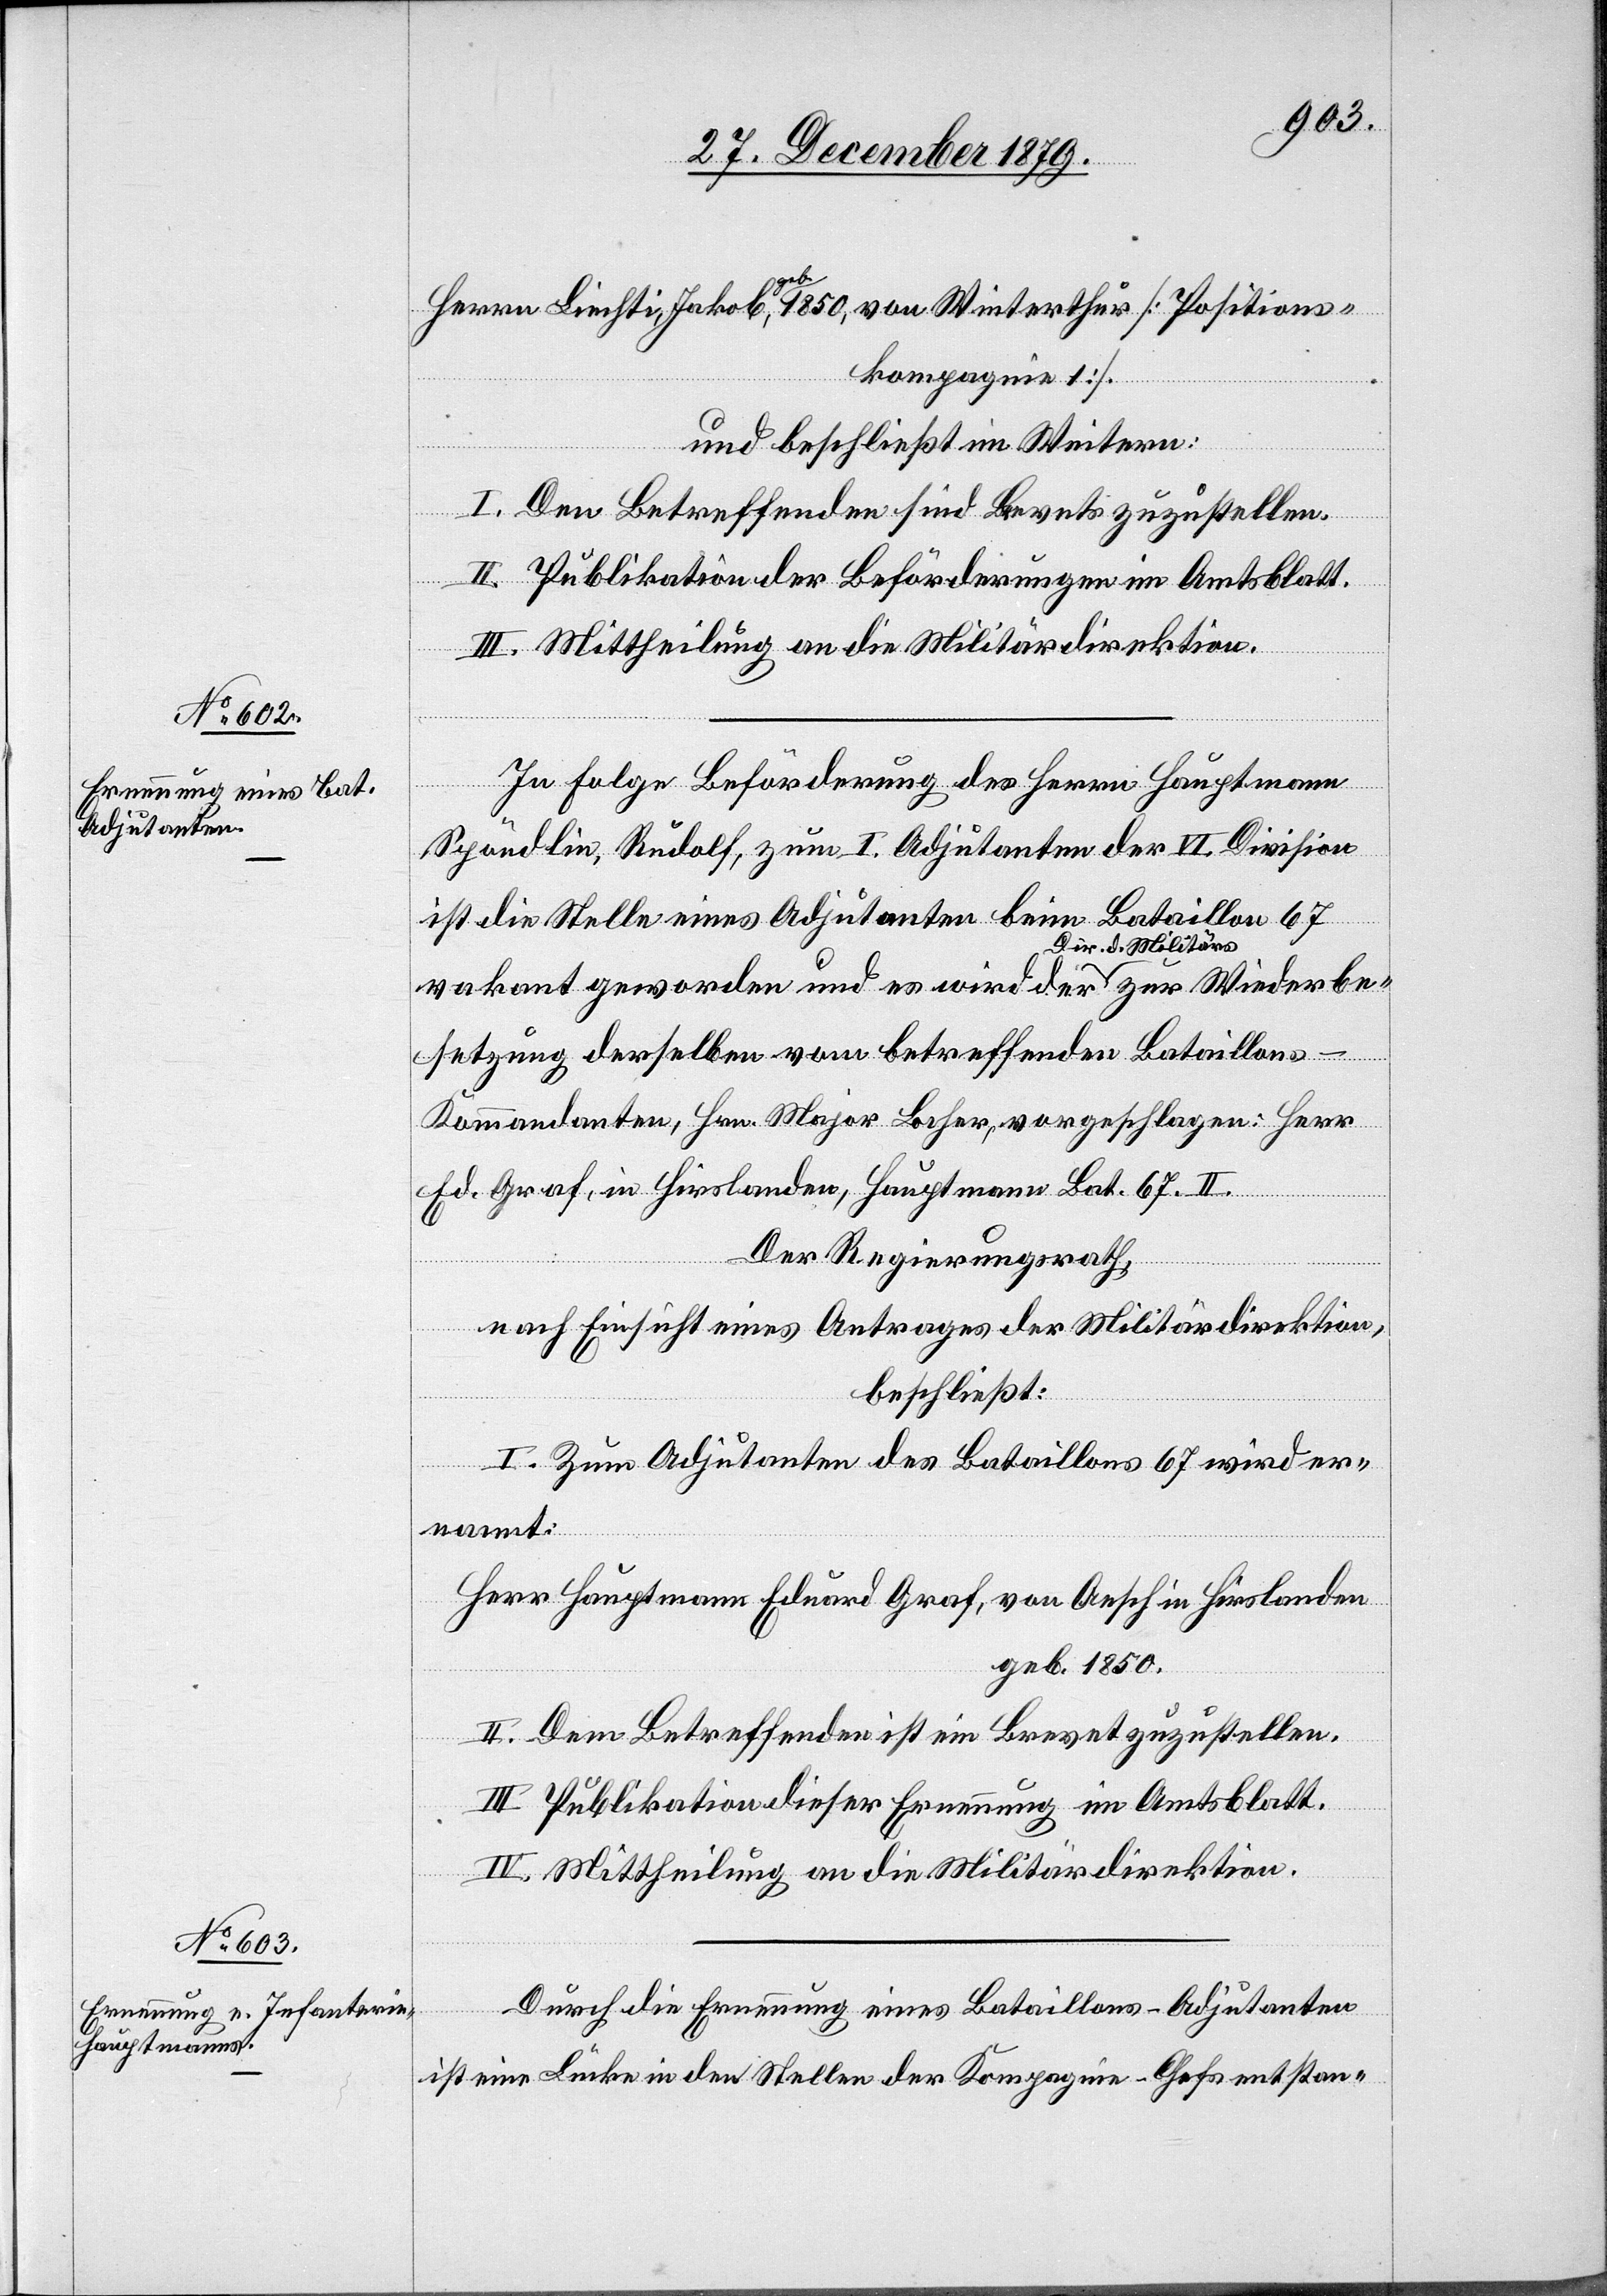
Herrn Liechti, Jakob, a-geb.-a 1850, von Winterthur [Positions¬
kompagnie 1].
der
und beschließt im Weitern:
I. Den Betreffenden sind Brevets zuzustellen.
II. Publikation der Beförderungen im Amtsblatt.
rbe¬
III. Mittheilung an die Militärdirektion.
In Folge Beförderung des Herrn Hauptmann
Spöndlin, Rudolf, zum I. Adjutanten der VI. Division
ist die Stelle eines Adjutanten beim Bataillon 67
den und
Dir. d. Militärs
setzung derselben vom betreffenden Bataillon¬
s-Kommandanten, Hrn. Major Locher, vorgeschlagen: Herr
Ed. Graf, in Hirslanden, Hauptmann Bat. 67. II.
Der Regierungsrath,
nach Einsicht eines Antrages der Militärdirektion,
beschließt:
I. Zum Adjutanten des Bataillons 67 wird er¬
nannt:
Herr Hauptmann Eduard Graf, von Aesch in Hirslanden[,]
geb. 1850.
II. Dem Betreffenden ist ein Brevet zuzustellen.
Wiede¬
III. Publikation dieser Ernennung im Amtsblatt.
IV. Mittheilung an die Militärdirektion.
Durch die Ernennung eines Bataillons-Adjutanten
ist eine Lücke in den Stellen der Kompagnie-Chefs entstan-